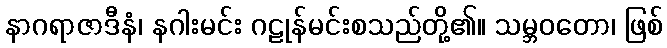
နာဂရာဇာဒီနံ၊ နဂါးမင်း ဂဠုန်မင်းစသည်တို့၏။ သမ္ဘဝတော၊ ဖြစ်